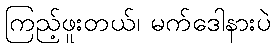
ကြည့်ဖူးတယ်၊ မက်ဒေါနားပဲ